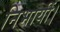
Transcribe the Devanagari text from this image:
निभायीं।